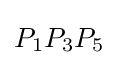
P_{1}P_{3}P_{5}